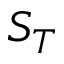
S _ { T }